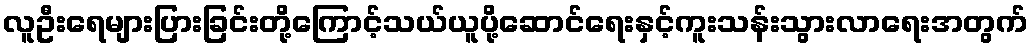
လူဦးရေများပြားခြင်းတို့ကြောင့်သယ်ယူပို့ဆောင်ရေးနှင့်ကူးသန်းသွားလာရေးအတွက်